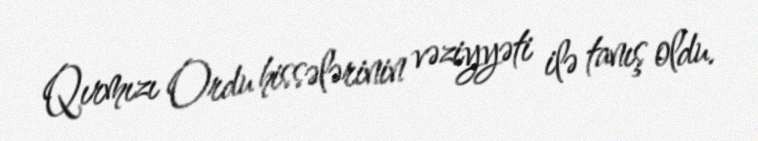
Qırmızı Ordu hissələrinin vəziyyəti ilə tanış oldu.